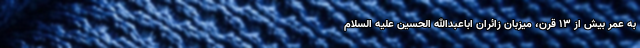
به عمر بیش از ۱۳ قرن، میزبان زائران اباعبدالله الحسین علیه السلام